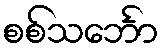
စစ်သင်္ဘော